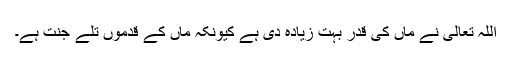
اللہ تعالیٰ نے ماں کی قدر بہت زیادہ دی ہے کیونکہ ماں کے قدموں تلے جنت ہے۔